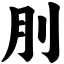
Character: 刖